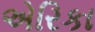
એરિકા